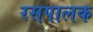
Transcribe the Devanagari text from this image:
रसपालक